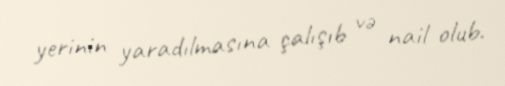
yerinin yaradılmasına çalışıb və nail olub.